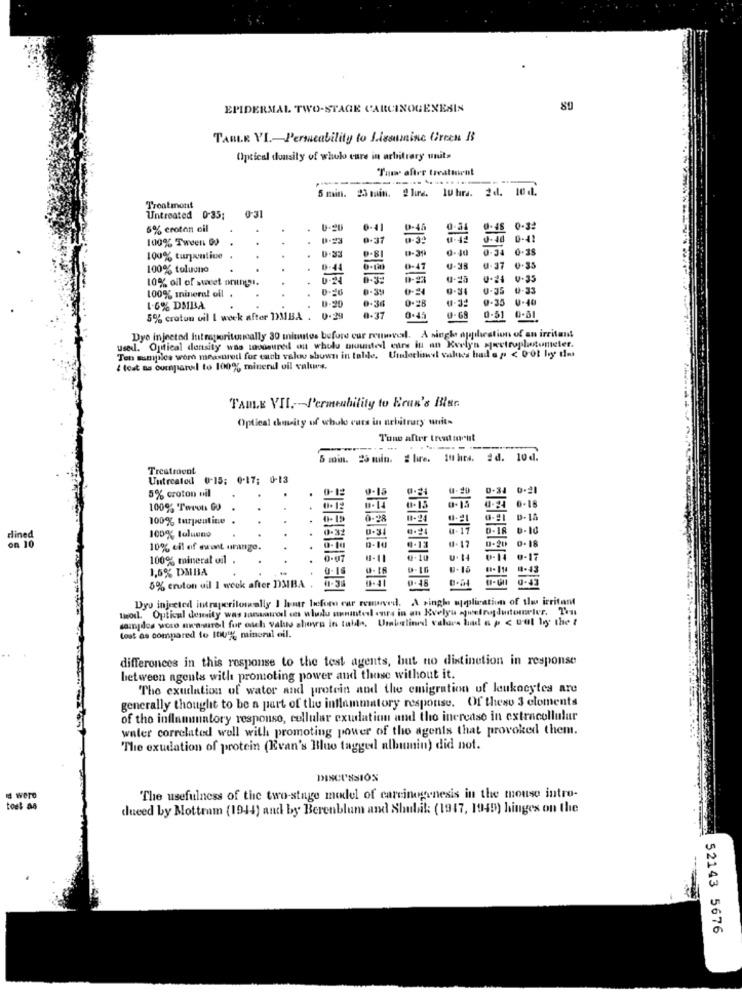
EPIDERMAL TWO-STAGE CARCINOGENESIS
TABLE VI .- Permeability to Lisonmine Green B
Optical dousity of wholo care in arbitrary units
Tan after treatment
5 min. 23 min. @lure. IUhra. 2d. 10.1.
Troatmont
Untreated 0-35;
0-31
6% crotan oil
-41
0-46
0-45
0-32
100% Tween 00
0-37
0-40 0-41
0.54
0.38
100% turpentine
..
0.33
9.81
0-31
100% tolucno
D-44
9-47
U-37
10% oil of sweet onings.
.
0-24 0-35
100% mineral oil .
1-16
0.39
0-24
0-35 0-33
0.20
0-36
0-32
0-35 0-40
1-6% DMBA
0.28
5% croton vil I week after DMBA . 0.29
0.37
0.45
0-68
0.51 0-51
used. Optical density was snoosure ou whulu mounted eure iu an Evelyn spectrophotometer.
Dye injected Intraperitoneally 30 mitmites before cur reuwvel. A single application of an irritant
Ten samples were measured for each valov shown in tolde. Uinloclowel values had's p < 00t hy du
{ lost as cunpanel to 100% minend vil values.
TABLE VII .-- Permeability to Eran's Blur.
Optical chasity of wholo cues in nehitrary with
5 min. 25 min. # lire. Iuhrs. 2d. 10d.
Treatment
Untreated 0-15: 0-17; 0-13
5% croton nil
0-12
0- 29
0.21
100% Tevon GO
0-15
100% turpentine .
0.28
D.IR B.10
dined
on 10
100%% tolueno
9.16
10% cil of mwant urage.
9-20 0-18
100% mineral oil
0.07
0.10
0. 4 0.11 0 - 17
1,6% DMBA
0.1
9-16
8.18
5% croton uil 1 week after DMIBA .
Dys injreted intraperilowally I lemr leforo car removed. A single mepliation of thu irritant
two, Optical demity was sanaawol ces wlady unmantel onra in an Evelyn swetraduitometer. Ten
sampdos woco mwcaurel for osch valus shows in table, Umbelino! valurs had & p < tot by the t
Lost as compared to 100% mineral oil.
differences in this response to the test agents, but no distinction in response
between agents with promoting power and those without it.
The exudation of water and protein and the emigration uf leukocytes are
generally thought to be a part of the inflammatory response. Of theso 3 eloments
of tho inflammatory responso, cellular exudation and tho increase in extracellular
water correlated well with promoting power of tho agents that provoked them.
The exudation of protein (Evan's Blue tagged albumin) did not.
DISCUSSION
15 were
The usefulness of the two-stage model of carcinogenesis in the mouse intro-
tost as
duced by Mottram (1944) and by Berenblum and Shull: (1917, 1945) hinges on the
52143 5676